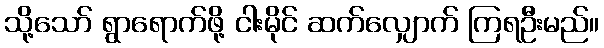
သို့သော် ရွာရောက်ဖို့ ငါးမိုင် ဆက်လျှောက် ကြရဦးမည်။